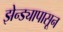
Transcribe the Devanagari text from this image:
झेन्ड्यापासून